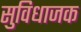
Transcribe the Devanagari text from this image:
सुविधाजक